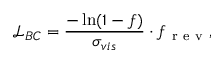
\mathcal { L } _ { B C } = \frac { - \ln ( 1 - f ) } { \sigma _ { v i s } } \cdot f _ { \mathrm { ~ r ~ e ~ v ~ } } ,